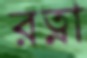
রত্না